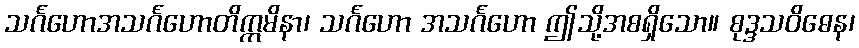
သင်္ဂဟောအသင်္ဂဟောတိဣမိနာ၊ သင်္ဂဟော အသင်္ဂဟော ဤသို့အစရှိသော။ စုဒ္ဒသဝိဓေန၊